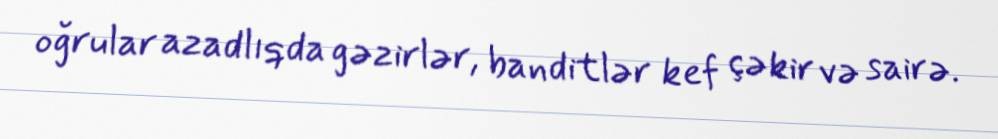
oğrular azadlıqda gəzirlər, banditlər kef çəkir və sairə.